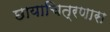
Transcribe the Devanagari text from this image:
छायाचित्रणास